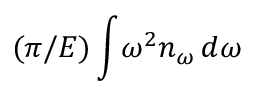
( \pi / E ) \int \! \omega ^ { 2 } n _ { \omega } \, d \omega